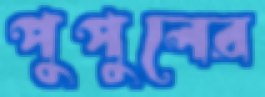
পুপুলের